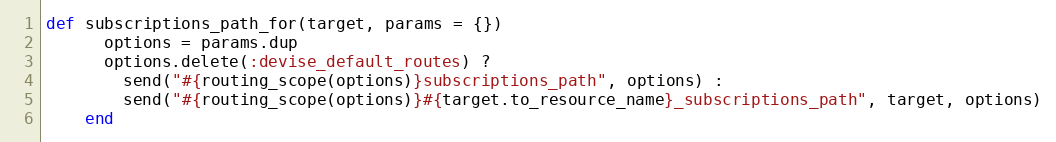
Language: Ruby
def subscriptions_path_for(target, params = {})
      options = params.dup
      options.delete(:devise_default_routes) ?
        send("#{routing_scope(options)}subscriptions_path", options) :
        send("#{routing_scope(options)}#{target.to_resource_name}_subscriptions_path", target, options)
    end